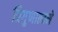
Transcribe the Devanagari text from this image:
त्रिगुणात्मने